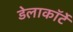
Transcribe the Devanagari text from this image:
डेलाकॉर्टे